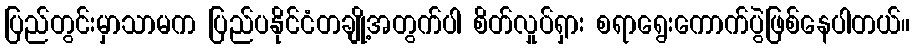
ပြည်တွင်းမှာသာမက ပြည်ပနိုင်ငံတချို့အတွက်ပါ စိတ်လှုပ်ရှား စရာရွေးကောက်ပွဲဖြစ်နေပါတယ်။